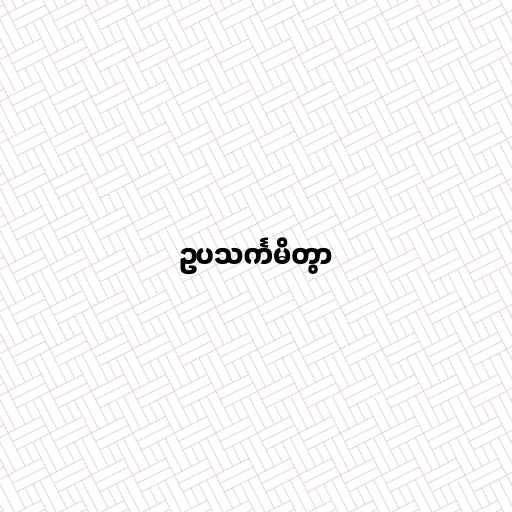
ဥပသင်္ကမိတွာ